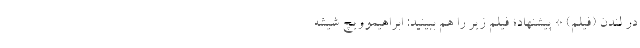
در لندن (فیلم) * پیشنهاد؛ فیلم‌ زیر را هم ببینید: ابراهیموویچ شیشه